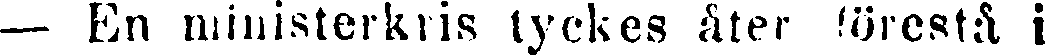
— En ministerkris tyckes åter förestå i